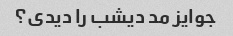
جوایز مد دیشب را دیدی؟